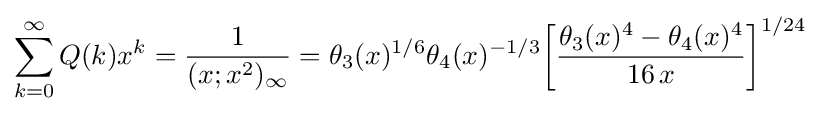
\sum _{k=0}^{\infty }Q(k)x^{k}={\frac {1}{(x;x^{2})_{\infty }}}=\theta _{3}(x)^{1/6}\theta _{4}(x)^{-1/3}{\biggl [}{\frac {\theta _{3}(x)^{4}-\theta _{4}(x)^{4}}{16\,x}}{\biggr ]}^{1/24}